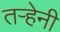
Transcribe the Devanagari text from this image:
तऱ्हेनी